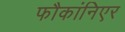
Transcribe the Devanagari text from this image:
फौकांनिएर